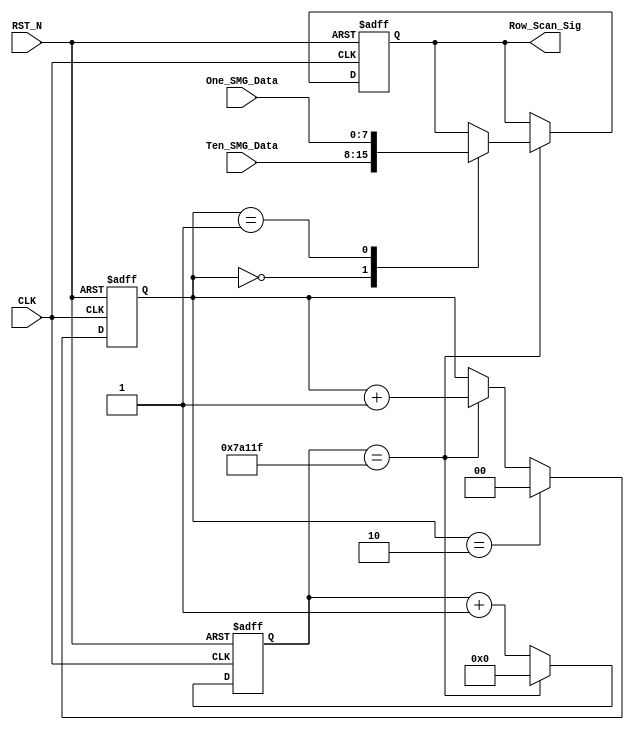
module row_scan_module
(
	CLK,RST_N,
	Ten_SMG_Data,One_SMG_Data,
	Row_Scan_Sig
);

input CLK;
input RST_N;
input[7:0] Ten_SMG_Data;
input[7:0] One_SMG_Data;
output[7:0] Row_Scan_Sig;

/****************************************************/

parameter T10MS = 19'd499_999;

/****************************************************/

reg[18:0] Count1;

always@(posedge CLK or negedge RST_N)
	if(!RST_N)
		Count1 <= 19'd0;
	else if(Count1 == T10MS)
		Count1 <= 19'd0;
	else
		Count1 <= Count1 + 1'b1;
		
/**************************************************/

reg[1:0] t;

always@(posedge CLK or negedge RST_N)
	if(!RST_N)
		t <= 2'd0;
	else if(t == 2'd2)
		t <= 2'd0;
	else if(Count1 == T10MS)
		t <= t + 1'b1;
		
/*************************************************/

reg[7:0] rData;

always@(posedge CLK or negedge RST_N)
	if(!RST_N)
		rData <= 8'd0;
	else if(Count1 == T10MS)
		case(t)
		
				2'd0: rData <= Ten_SMG_Data;
				2'd1: rData <= One_SMG_Data;
				
		endcase

/**************************************************/

assign Row_Scan_Sig = rData;

/**************************************************/



endmodule